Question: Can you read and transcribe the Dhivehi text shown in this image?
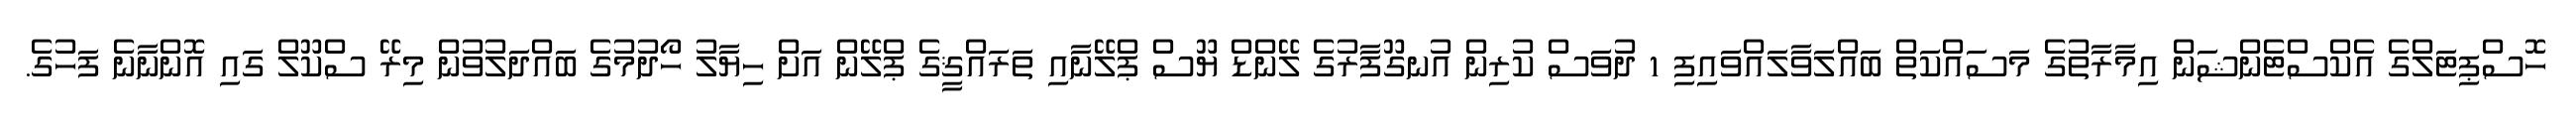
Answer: ހޮސްޕިޓަލްގެ އެކްސްޓެންޝަން އިމާރާތުގެ މަސައްކަތް ބައްލަވާލައްވައިފި 1 ދުވަސް ކުރިން އުނގޫފާރުގެ ލޭންޑް ޔޫސް ޕްލޭނާއި ތަރައްޤީގެ ޕްލޭން އަށް ހިޔާލު ހޯދުމުގެ ބައްދަލުވުން މިރޭ ސްކޫލް ގައި އޮންނާނެ ފަހުގެ.